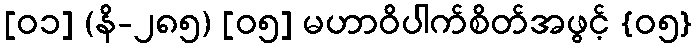
[၀၁] (နိ-၂၈၅) [၀၅] မဟာဝိပါက်စိတ်အဖွင့် {၀၅}